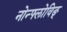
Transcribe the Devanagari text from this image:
नोन्फ्लोविङ्